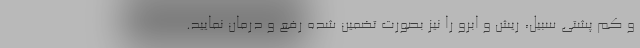
و کم پشتی سبیل، ریش و ابرو را نیز بصورت تضمین شده رفع و درمان نمایید.